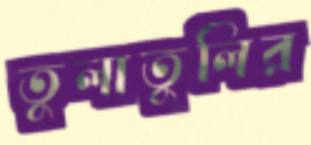
তুলাতুলির